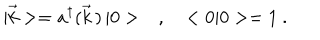
LaTeX: | \vec { k } > = a ^ { \dagger } ( \vec { k } \, ) \, | 0 > \ \ \ , \ \ \ < 0 | 0 > = 1 \ .